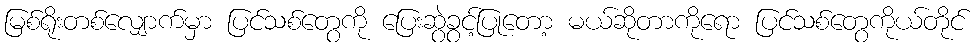
မြစ်ရိုးတစ်လျှောက်မှာ ပြင်သစ်တွေကို ပြေးဆွဲခွင့်ပြုတော့ မယ်ဆိုတာကိုရော ပြင်သစ်တွေကိုယ်တိုင်